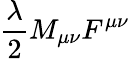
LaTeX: {\frac{\lambda}{2}}M_{\mu\nu}F^{\mu\nu}